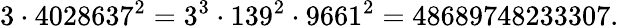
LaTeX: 3\cdot 4028637^{2}=3^{3}\cdot 139^{2}\cdot 9661^{2}=48689748233307.